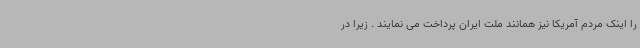
را اینک مردم آمریکا نیز همانند ملت ایران پرداخت می نمایند . زیرا در